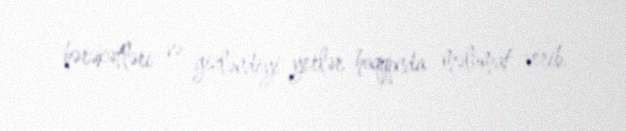
hərəkətləri və gizləndiyi yerlər haqqında məlumat verib.